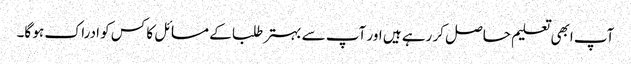
آپ ابھی تعلیم حاصل کر رہے ہیں اور آپ سے بہتر طلبا کے مسائل کا کس کو ادراک ہو گا۔